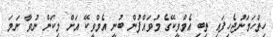
ހިތްހަމަނުޖެހިފައި ތިބި އެމްވީކޭގެ މުވައްފުން ބުނީ އެމްވީކޭ އަށް މިކަން ނުވާ ނަމަ